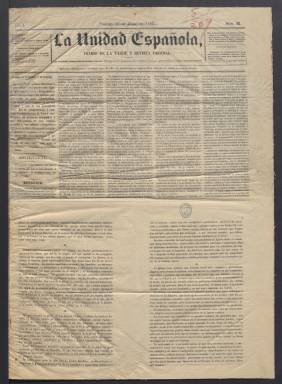
Título: La Unidad española
Colección: Periódicos
Ámbito geográfico: Madrid
Lugar de publicación: Madrid
Fechas: 10/07/1863-12/08/1863